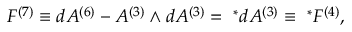
F ^ { ( 7 ) } \equiv d A ^ { ( 6 ) } - A ^ { ( 3 ) } \wedge d A ^ { ( 3 ) } = { ~ } ^ { * } d A ^ { ( 3 ) } \equiv { ~ } ^ { * } F ^ { ( 4 ) } ,